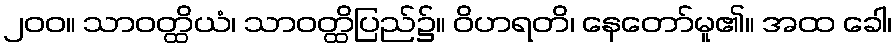
၂၀၀။ သာဝတ္ထိယံ၊ သာဝတ္ထိပြည်၌။ ဝိဟရတိ၊ နေတော်မူ၏။ အထ ခေါ၊